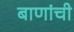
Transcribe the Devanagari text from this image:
बाणांची